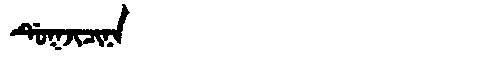
Manchu: ᡩᡠᡴᠵᡳᠴᡳᠨᠠ
Romanization: DUKJICINA